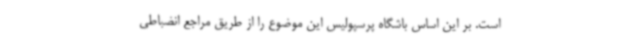
است. بر این اساس باشگاه پرسپولیس این موضوع را از طریق مراجع انضباطی